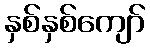
နှစ်နှစ်ကျော်